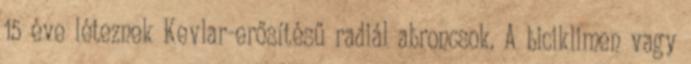
15 éve léteznek Kevlar-erősítésű radiál abroncsok. A biciklimen vagy